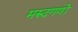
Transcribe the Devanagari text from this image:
मरुदगणों